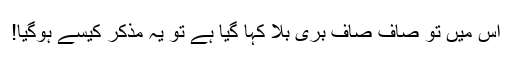
اس میں تو صاف صاف بُری بلا کہا گیا ہے تو یہ مذکر کیسے ہوگیا!